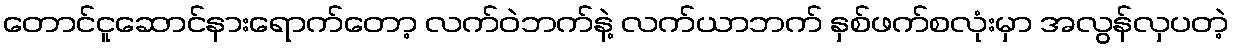
တောင်ငူဆောင်နားရောက်တော့ လက်ဝဲဘက်နဲ့ လက်ယာဘက် နှစ်ဖက်စလုံးမှာ အလွန်လှပတဲ့